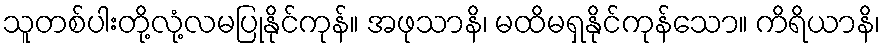
သူတစ်ပါးတို့လုံ့လမပြုနိုင်ကုန်။ အဖုသာနိ၊ မထိမရှနိုင်ကုန်သော။ ကိရိယာနိ၊